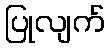
ပြုလျက်